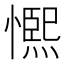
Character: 𭞺